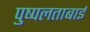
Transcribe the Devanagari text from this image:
पुष्पलताबाई